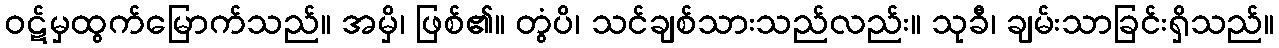
ဝဋ်မှထွက်မြောက်သည်။ အမှိ၊ ဖြစ်၏။ တွံပိ၊ သင်ချစ်သားသည်လည်း။ သုခီ၊ ချမ်းသာခြင်းရှိသည်။